Civil Veterinary Department Bihar & Orissa reports 1911-21 - 1911-1921
Year: 1911
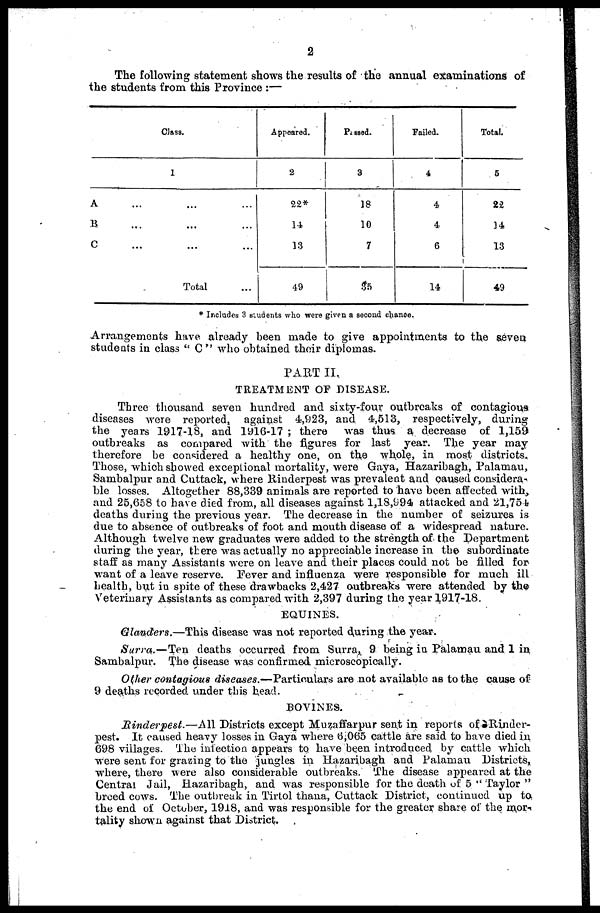
2
The following statement shows the results of the annual examinations of
the students from this Province :—
Class.
1
A … … …
B … … …
C … … …
Total …
Appeared.
2
22*
14
13
49
Prssed.
3
18
10
7
35
Failed.
4
4
4
6
14
Total.
5
22
14
13
49
* Includes 3 students who were given a secoud chance.
Arrangements have already been made to give appointments to the seven
students in class " C " who obtained their diplomas.
PART II.
TREATMENT OF DISEASE.
Three thousand seven hundred and sixty-four outbreaks of contagious
diseases were reported, against 4,923, and 4,513, respectively, during
the years 1917-l8, and 1916-17 ; there
was thus a decrease of 1,159
outbreaks as compared with the figures for last year. The year may
therefore be considered a healthy one, on the whole, in most districts,
Those, which showed exceptional mortality, were Gaya, Hazaribagh, Palamau,
Sambalpur and Cuttack, where Rinderpest was prevalent and caused considera-
ble losses. Altogether 88,339 animals are reported to have been affected with,
and 25,658 to have died from, all diseases against 1,1S,994 attacked and 21,754
deaths during the previous year. The decrease in the number of seizures is
due to absence of outbreaks of foot and mouth disease of a widespread nature.
Although twelve new graduates were added to the strength of the Department
during the year, there was actually no appreciable increase in the subordinate
staff as many Assistants were on leave and their places could not be filled for
want of a leave reserve. Fever and influenza were responsible for much ill
health, but in spite of these drawbacks 2,427 outbreaks were attended by the
Veterinary Assistants as compared with 2,397 during the year 1917-18.
EQUINES.
Glanders.—This disease was not reported during the year.
Surra.—Ten
deaths occurred from Surra, 9 being in Palamau and 1 in
Sambalpur. The disease was confirmed microscopically.
Other contagious diseases.—Particulars
are not available as to the cause of
9 deaths recorded under this head.
BOVINES.
Rinderpest.—All Districts except Muzaffarpur sent in reports of Rinder-
pest. It caused heavy losses in Gaya where 6,065 cattle are said to have died in
698 villages, The inlection appears to have been introduced by cattle which
were sent for grazing to the jungles in Hazaribagh and Palamau Districts,
where, there were also considerable outbreaks. The disease appeared at the
Central Jail, Hazaribagh, and was responsible for the death of 5 " Taylor "
breed cows. The outbreak in Tirtol thana, Cuttack District, continued up to.
the end of October, 1918, and was responsible for the greater share of the mor-
tality shown against that District.